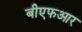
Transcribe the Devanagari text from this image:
बीएफआर